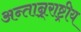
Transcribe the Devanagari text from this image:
अन्तान्र्राष्ट्रीय